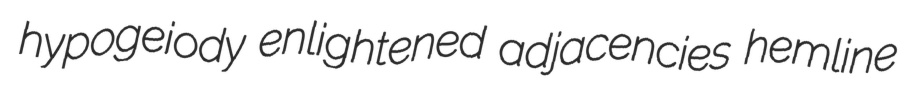
hypogeiody enlightened adjacencies hemline